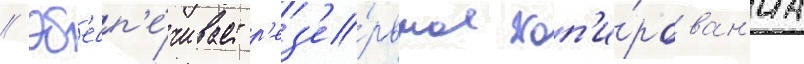
// Об'есп'е́чивает р'ез'е́рвное коп'и́рован'иа